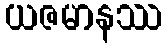
ယဇမာနဿ